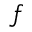
f